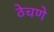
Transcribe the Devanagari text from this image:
ठेचणे